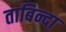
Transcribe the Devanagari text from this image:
ताबिन्दा